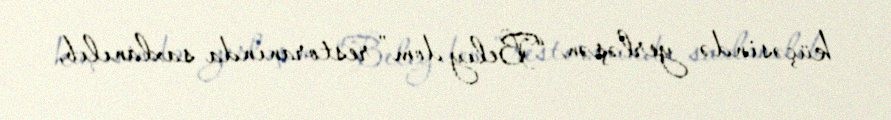
küçəsində yerləşən “Belıy dom” restoranında saxlanılıb.